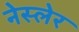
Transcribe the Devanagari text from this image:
नेस्लेर